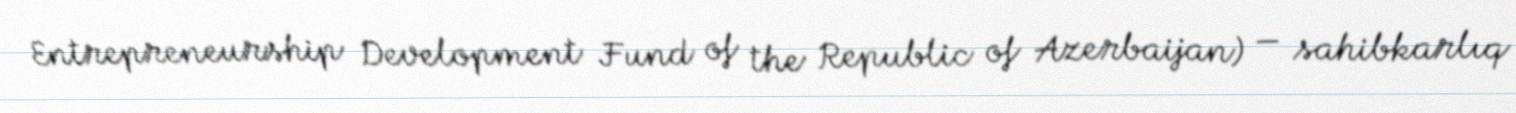
Entrepreneurship Development Fund of the Republic of Azerbaijan) — sahibkarlıq